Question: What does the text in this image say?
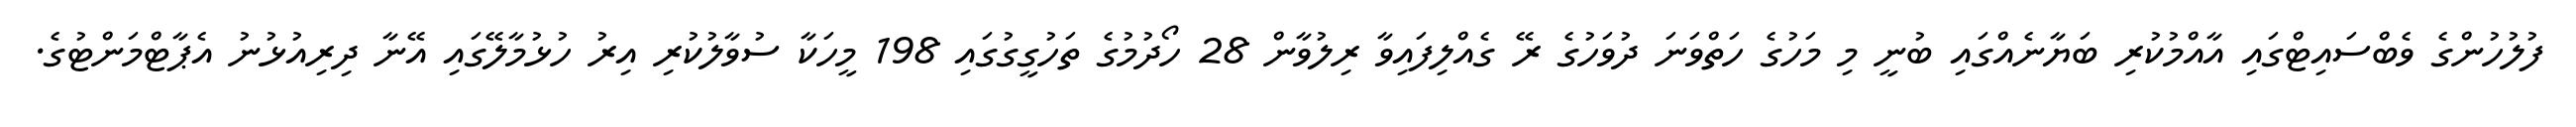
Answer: ފުލުހުންގެ ވެބްސައިޓްގައި އާއްމުކުރި ބަޔާނެއްގައި ބުނީ މި މަހުގެ ހަތްވަނަ ދުވަހުގެ ރޭ ގެއްލިފައިވާ ރިލުވާން 28 ހޯދުމުގެ ތަހުގީގުގައި 198 މީހަކާ ސުވާލުކުރި އިރު ހުޅުމާލޭގައި އޭނާ ދިރިއުޅުނު އެޕާޓްމަންޓުގެ.